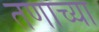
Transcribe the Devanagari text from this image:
तणाच्या